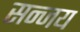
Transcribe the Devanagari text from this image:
सन्जय